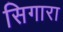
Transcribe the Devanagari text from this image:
सिगारा